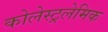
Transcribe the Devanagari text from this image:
कोलेस्ट्रलेमिक